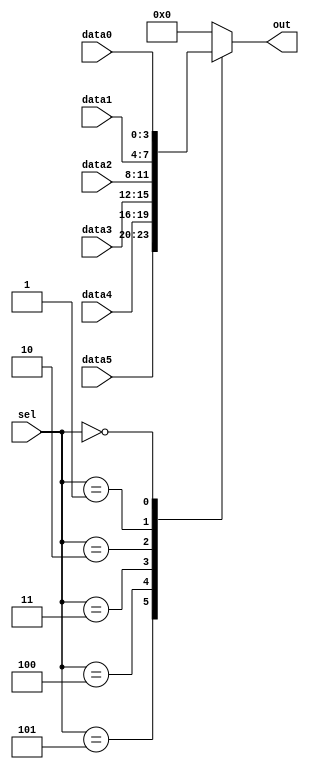
// synthesis verilog_input_version verilog_2001
module top_module ( 
    input [2:0] sel, 
    input [3:0] data0,
    input [3:0] data1,
    input [3:0] data2,
    input [3:0] data3,
    input [3:0] data4,
    input [3:0] data5,
    output reg [3:0] out   );//

    always@(*) begin  // This is a combinational circuit
        case(sel)
            5: out = data5;
            4: out = data4;
            3: out = data3;
            2: out = data2;
            1: out = data1;
            0: out = data0;
            default: out = 4'b0;
        endcase
    end

endmodule